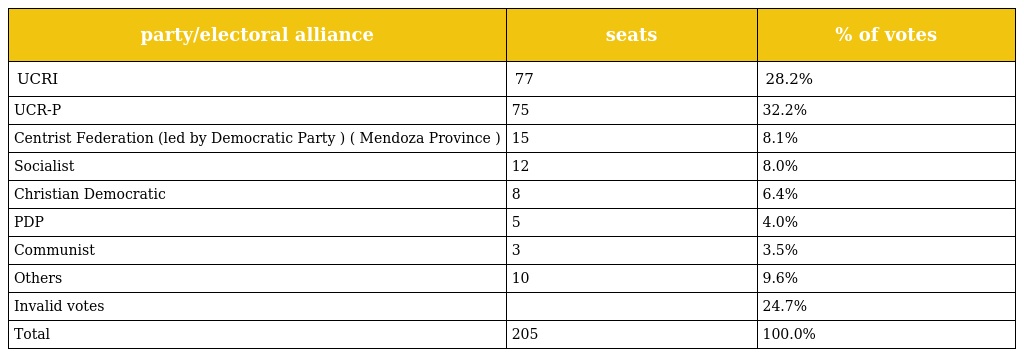
| party/electoral alliance | seats | % of votes |
 | --- | --- | --- |
 | UCRI | 77 | 28.2% |
 | UCR-P | 75 | 32.2% |
 | Centrist Federation (led by Democratic Party ) ( Mendoza Province ) | 15 | 8.1% |
 | Socialist | 12 | 8.0% |
 | Christian Democratic | 8 | 6.4% |
 | PDP | 5 | 4.0% |
 | Communist | 3 | 3.5% |
 | Others | 10 | 9.6% |
 | Invalid votes |  | 24.7% |
 | Total | 205 | 100.0% |